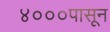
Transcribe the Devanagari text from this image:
४०००पासून